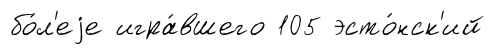
бо́л'еjе игра́вшего 105 эсто́нск'ий